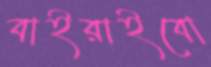
বাইরাইবো